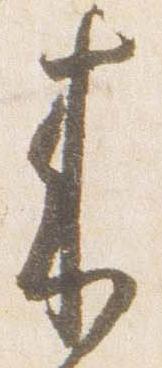
来